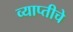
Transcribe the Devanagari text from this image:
व्याप्तीचे